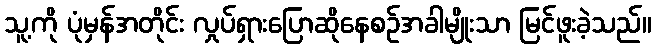
သူ့ကို ပုံမှန်အတိုင်း လှုပ်ရှားပြောဆိုနေစဉ်အခါမျိုးသာ မြင်ဖူးခဲ့သည်။